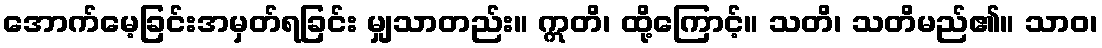
အောက်မေ့ခြင်းအမှတ်ရခြင်း မျှသာတည်း။ ဣတိ၊ ထို့ကြောင့်။ သတိ၊ သတိမည်၏။ သာဝ၊